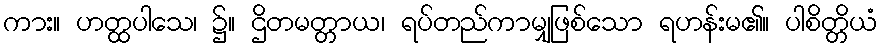
ကား။ ဟတ္ထပါသေ၊ ၌။ ဌိတမတ္တာယ၊ ရပ်တည်ကာမျှဖြစ်သော ရဟန်းမ၏။ ပါစိတ္တိယံ